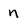
Character: n